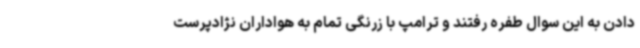
دادن به این سوال طفره رفتند و ترامپ با زرنگی تمام به هواداران نژادپرست